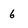
Character: 6